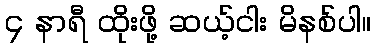
၄ နာရီ ထိုးဖို့ ဆယ့်ငါး မိနစ်ပါ။